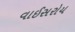
વાઈસરોય